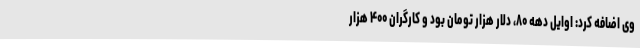
وی اضافه کرد: اوایل دهه ۸۰، دلار هزار تومان بود و کارگران ۴۰۰ هزار